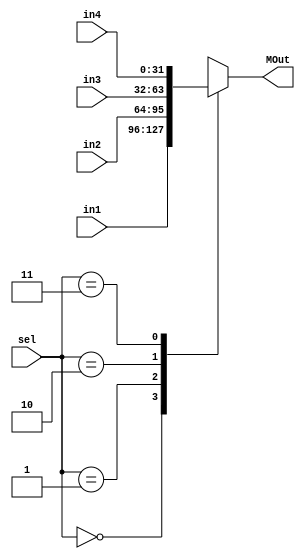
module mux4to1 #(parameter WIDTH = 32)
(
input [WIDTH-1:0] in1, in2, in3, in4, 
input [1:0] sel,
output reg [WIDTH-1:0] MOut);

always @(*)
begin
MOut = {(WIDTH){1'b0}};
case (sel)
	2'b00: MOut = in1;
	2'b01: MOut = in2;
	2'b10: MOut = in3;
	2'b11: MOut = in4;
endcase 
end

endmodule